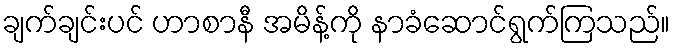
ချက်ချင်းပင် ဟာစာနီ အမိန့်ကို နာခံဆောင်ရွက်ကြသည်။